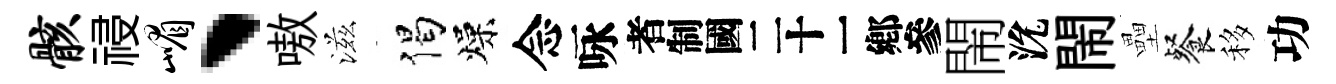
骸祲嵋、嗷滋偈燥念咏识閙沇閙壘餐移功